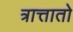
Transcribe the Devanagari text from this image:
त्रात्तातो